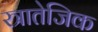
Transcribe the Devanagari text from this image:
स्त्रातेजिक